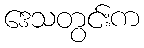
ဒေသတွင်းက